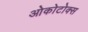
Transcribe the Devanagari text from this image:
ओकोटोक्स